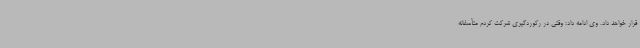
قرار خواهد داد. وی ادامه داد: وقتی در رکوردگیری شرکت کردم متأسفانه